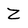
Character: Z